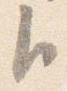
臣